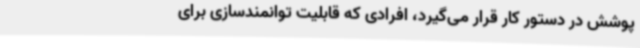
پوشش در دستور کار قرار می‌گیرد، افرادی که قابلیت توانمندسازی برای